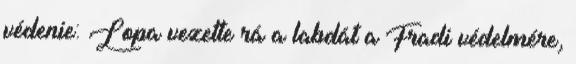
védenie: Lopa vezette rá a labdát a Fradi védelmére,